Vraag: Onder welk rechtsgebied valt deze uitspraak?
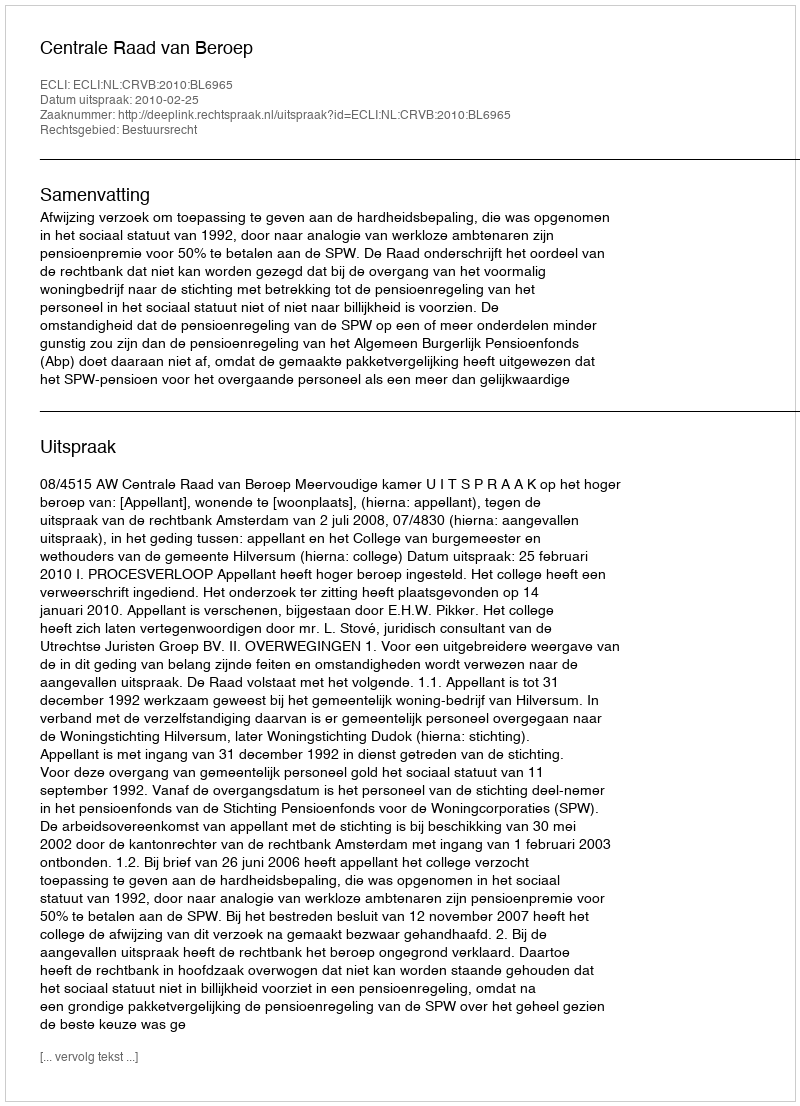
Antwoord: Bestuursrecht